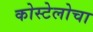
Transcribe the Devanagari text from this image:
कोस्टेलोचा